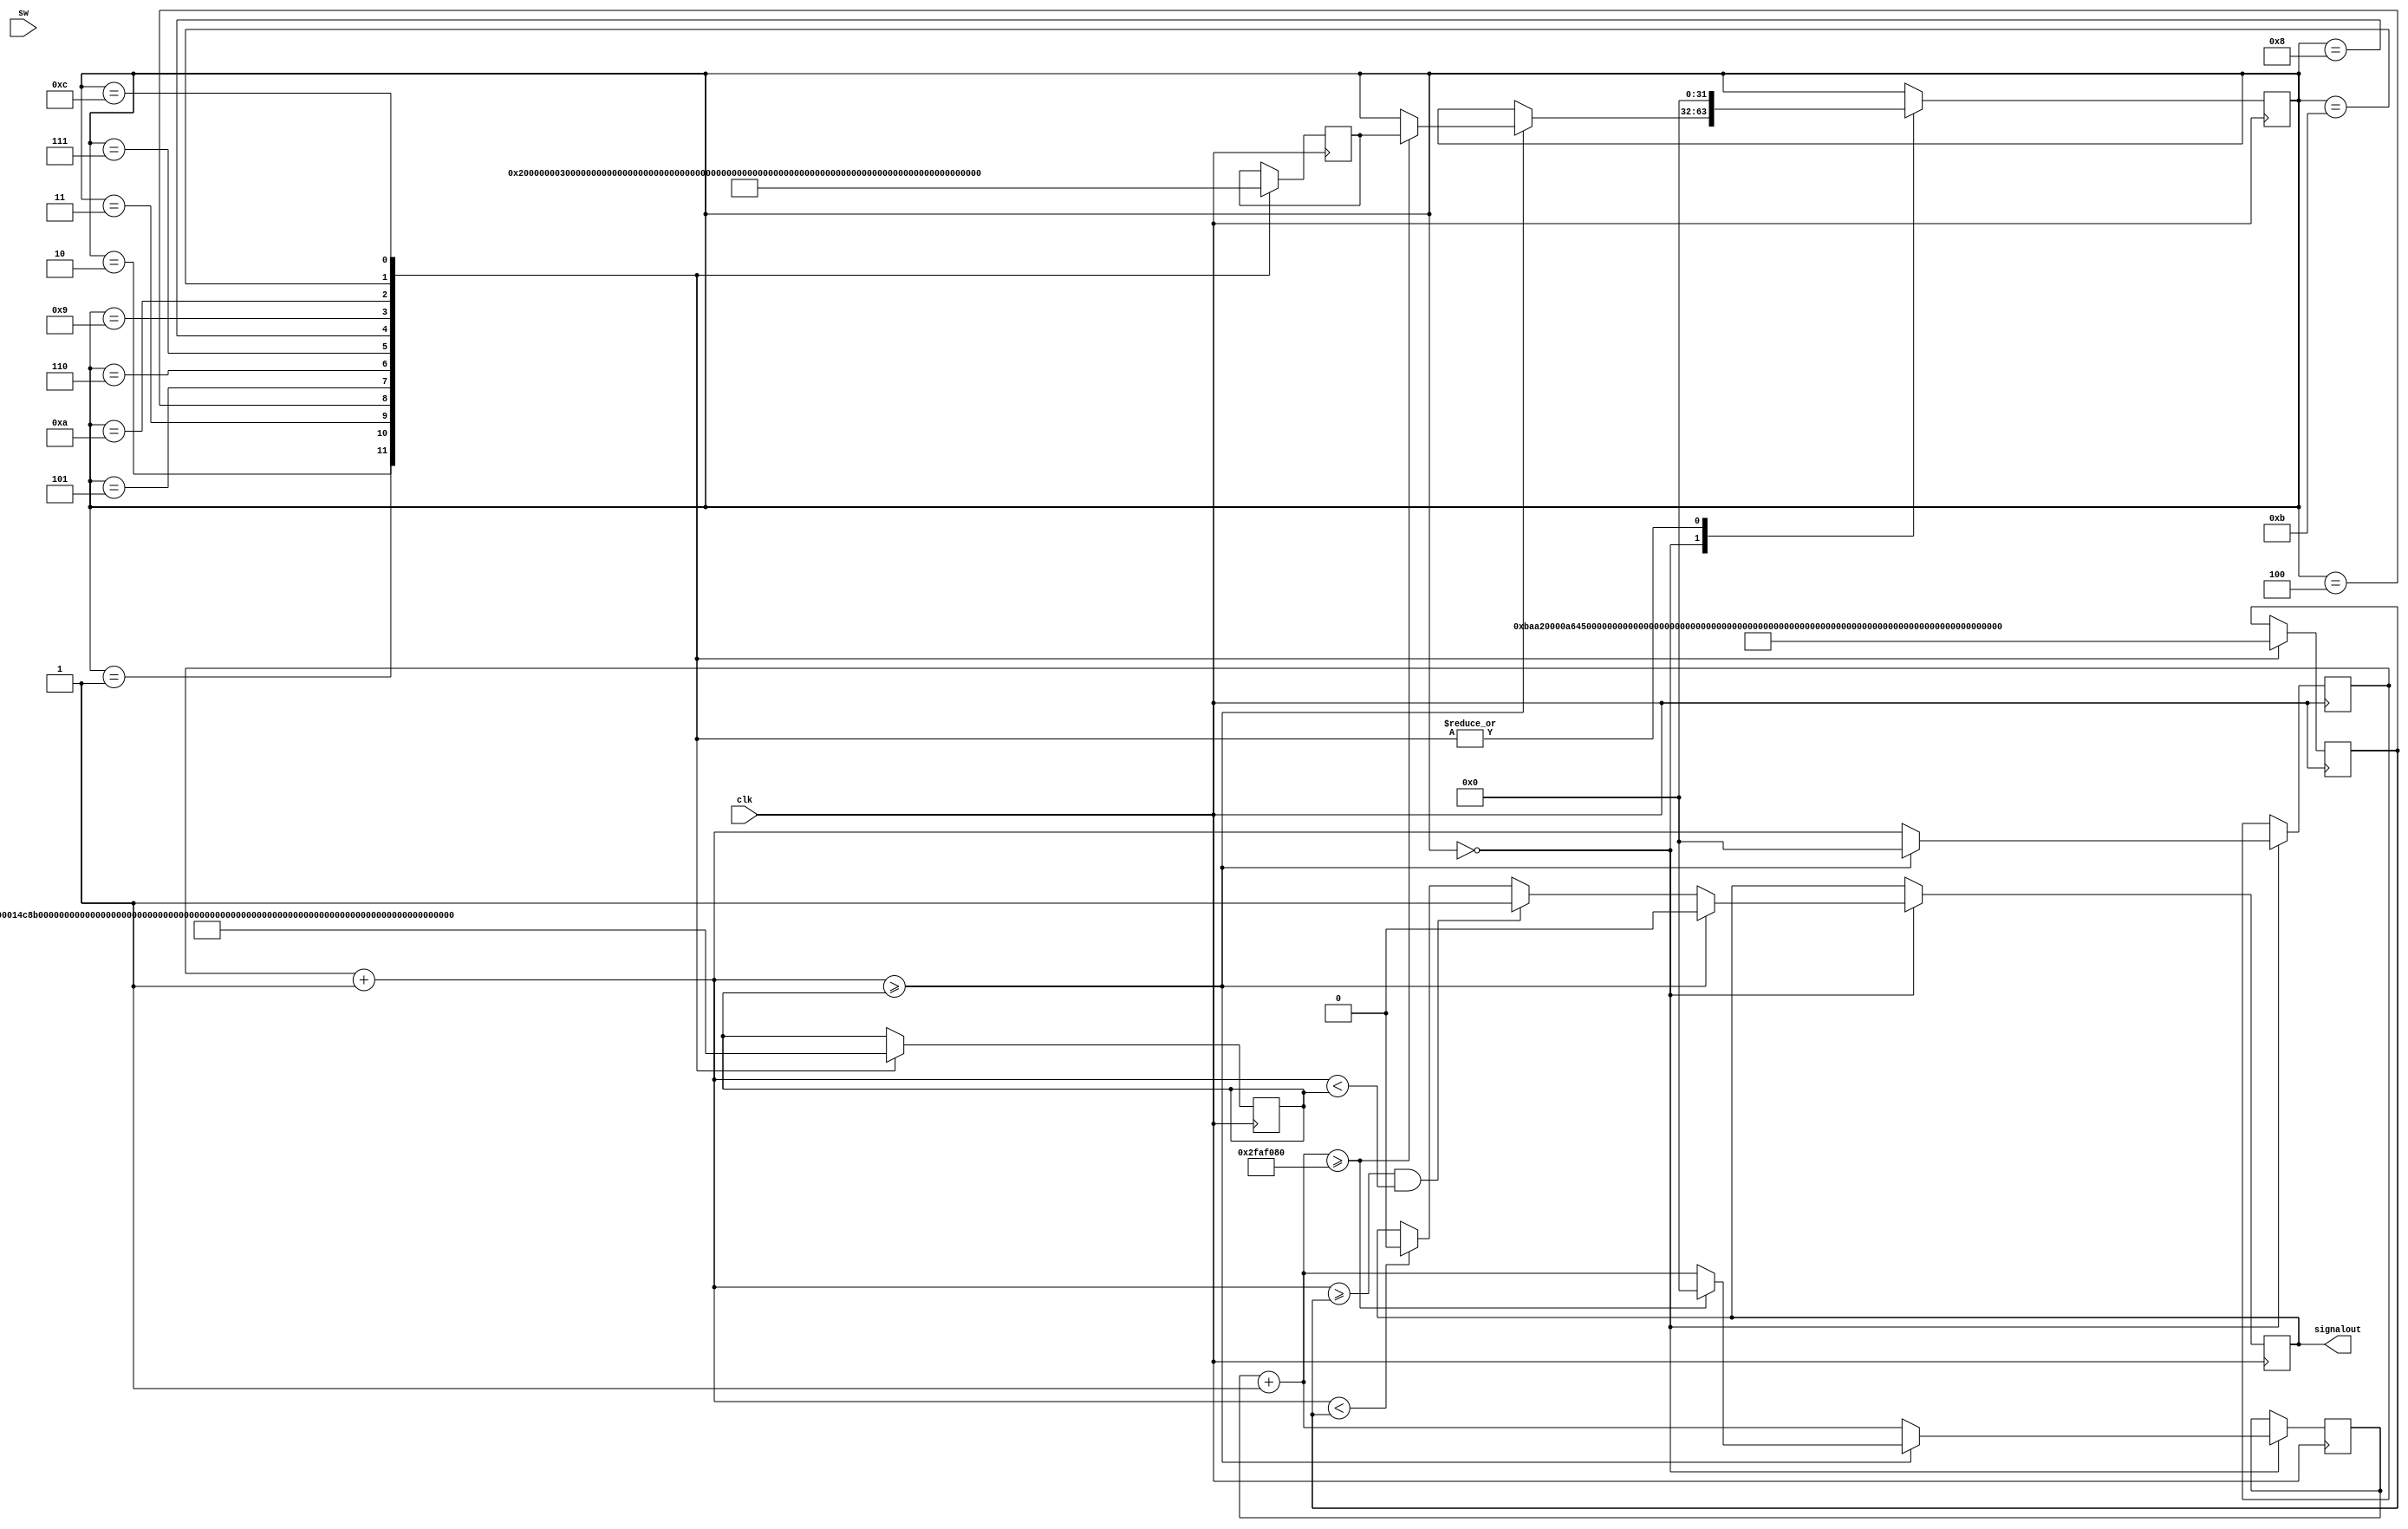
module lab4(signalout,sw, clk);
	input clk;
	input [1:0] sw;
	output signalout;
	reg signalout;
	reg [31:0] mycounter1, mycounter2, myonesecond, countlow, counthigh;
	reg [31:0] progress, lastnote;

	initial begin
		mycounter1 = 0;
		mycounter2 = 0;
		signalout = 0;
		myonesecond = 50000000;
		progress = 4'b0001;
	end

	always @(posedge clk) begin
		case(progress)
			default: begin

			end
			4'b0000: begin
				mycounter1 = mycounter1 + 1'b1;
				mycounter2 = mycounter2 + 1'b1;

				if(mycounter1 < countlow) begin
					signalout = 0;
				end

				if((mycounter1 >= countlow) && (mycounter1 < counthigh)) begin
					signalout = 1;
				end

				if(mycounter1 >= counthigh) begin
					signalout = 0;
					mycounter1 = 0;

					if(mycounter2 >= myonesecond) begin
						progress = lastnote;
						mycounter2 = 0;
					end
				end
			end
			4'b0001: begin //C5
				countlow = 47778;
				counthigh = 95556;
				progress = 0;
				lastnote = 4'b0010;
			end
			4'b0010: begin //D5
				countlow = 42565;
				counthigh = 85131;
				progress = 0;
				lastnote = 4'b0011;
			end
			4'b0011: begin //E5
				countlow = 37921;
				counthigh = 75843;
				progress = 0;
				lastnote = 4'b0100;
			end
			4'b0100: begin //F5
				countlow = 35793;
				counthigh = 71586;
				progress = 0;
				lastnote = 4'b0101;
			end
			4'b0101: begin //G5
				countlow = 31888;
				counthigh = 63776;
				progress = 0;
				lastnote = 4'b0110;
			end
			4'b0110: begin //A6
				countlow = 28409;
				counthigh = 56818;
				progress = 0;
				lastnote = 4'b0111;
			end
			4'b0111: begin //B6
				countlow = 25309;
				counthigh = 50619;
				progress = 0;
				lastnote = 4'b1000;
			end
			4'b1000: begin //C6
				countlow = 23889;
				counthigh = 47778;
				progress = 0;
				lastnote = 4'b1001;
			end
			4'b1001: begin //D6
				countlow = 21293;
				counthigh = 42587;
				progress = 0;
				lastnote = 4'b1010;
			end
			4'b1010: begin //E6
				countlow = 18960;
				counthigh = 37921;
				progress = 0;
				lastnote = 4'b1011;
			end
			4'b1011: begin //F6
				countlow = 17896;
				counthigh = 35793;
				progress = 0;
				lastnote = 4'b1100;
			end
			4'b1100: begin //G6
				countlow = 15944;
				counthigh = 31888;
				progress = 0;
				lastnote = 4'b0001;
			end
		endcase
	end
endmodule